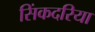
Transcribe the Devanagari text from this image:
सिंकदरिया